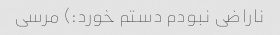
ناراضی نبودم دستم خورد:) مرسی